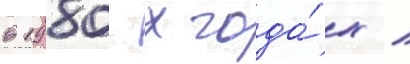
в 1980-х года́х /